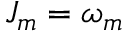
J _ { m } = \omega _ { m }